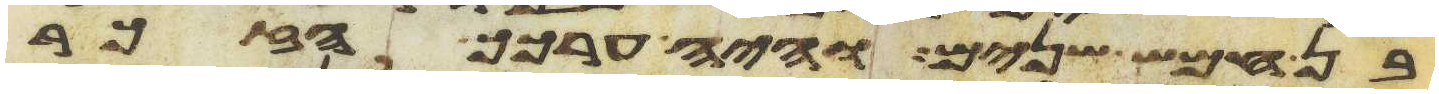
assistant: בן חמש שנים והיה ערכך הזכר